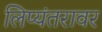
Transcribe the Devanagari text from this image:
लिप्यंतरावर